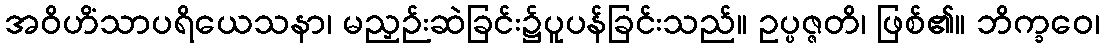
အဝိဟိံသာပရိယေသနာ၊ မညှဉ်းဆဲခြင်း၌ပူပန်ခြင်းသည်။ ဥပ္ပဇ္ဇတိ၊ ဖြစ်၏။ ဘိက္ခဝေ၊